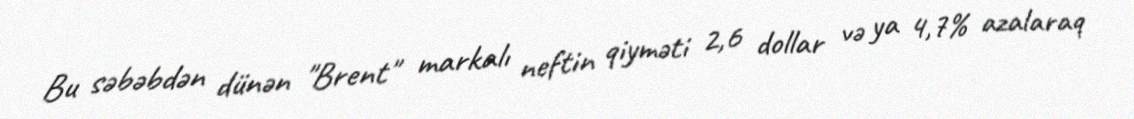
Bu səbəbdən dünən "Brent" markalı neftin qiyməti 2,6 dollar və ya 4,7% azalaraq